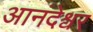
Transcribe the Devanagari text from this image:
आनंदेश्वर